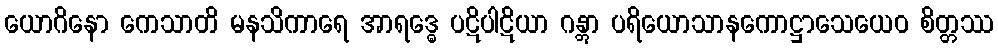
ယောဂိနော ကေသာတိ မနသိကာရေ အာရဒ္ဓေ ပဋိပါဋိယာ ဂန္တွာ ပရိယောသာနကောဋ္ဌာသေယေဝ စိတ္တဿ